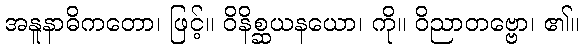
အနူနာဓိကတော၊ ဖြင့်။ ဝိနိစ္ဆယနယော၊ ကို။ ဝိညာတဗ္ဗော၊ ၏။